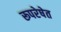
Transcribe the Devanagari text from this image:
रूपरेषेत